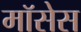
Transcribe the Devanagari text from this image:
मॉसेस